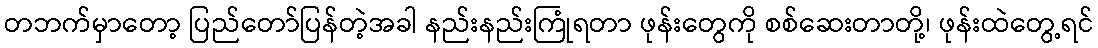
တဘက်မှာတော့ ပြည်တော်ပြန်တဲ့အခါ နည်းနည်းကြုံရတာ ဖုန်းတွေကို စစ်ဆေးတာတို့၊ ဖုန်းထဲတွေ့ရင်